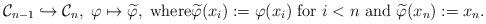
LaTeX: \begin{align*}\mathcal C_{n-1}\hookrightarrow {\mathcal C}_{n},\;\varphi\mapsto \widetilde \varphi,\;\mbox{where$\widetilde \varphi (x_i):=\varphi(x_i)$ for $i<n$ and $\widetilde \varphi(x_{n}):=x_{n}$.}\end{align*}